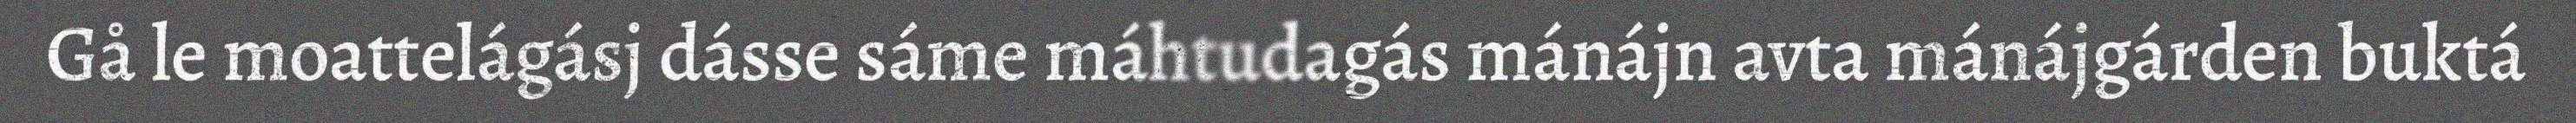
Gå le moattelágásj dásse sáme máhtudagás mánájn avta mánájgárden buktá